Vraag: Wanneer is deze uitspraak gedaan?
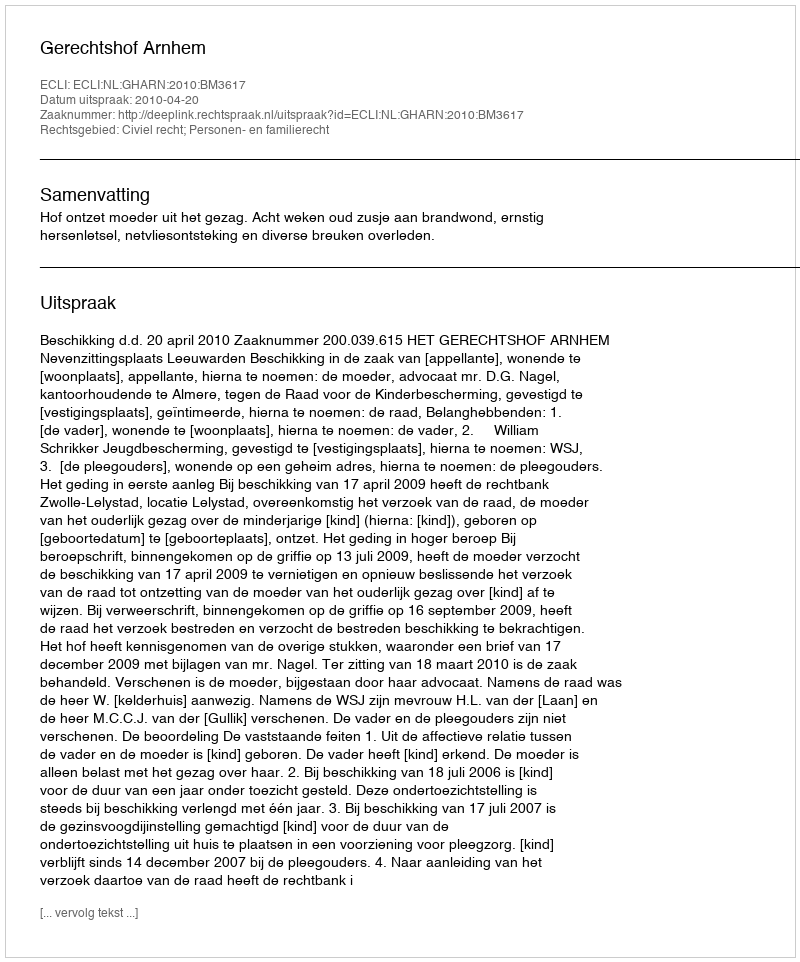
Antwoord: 2010-04-20